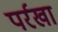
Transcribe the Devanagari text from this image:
पर्रखा